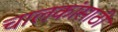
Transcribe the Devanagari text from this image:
चालकांसाठी